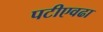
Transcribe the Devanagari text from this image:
पटीएवढा